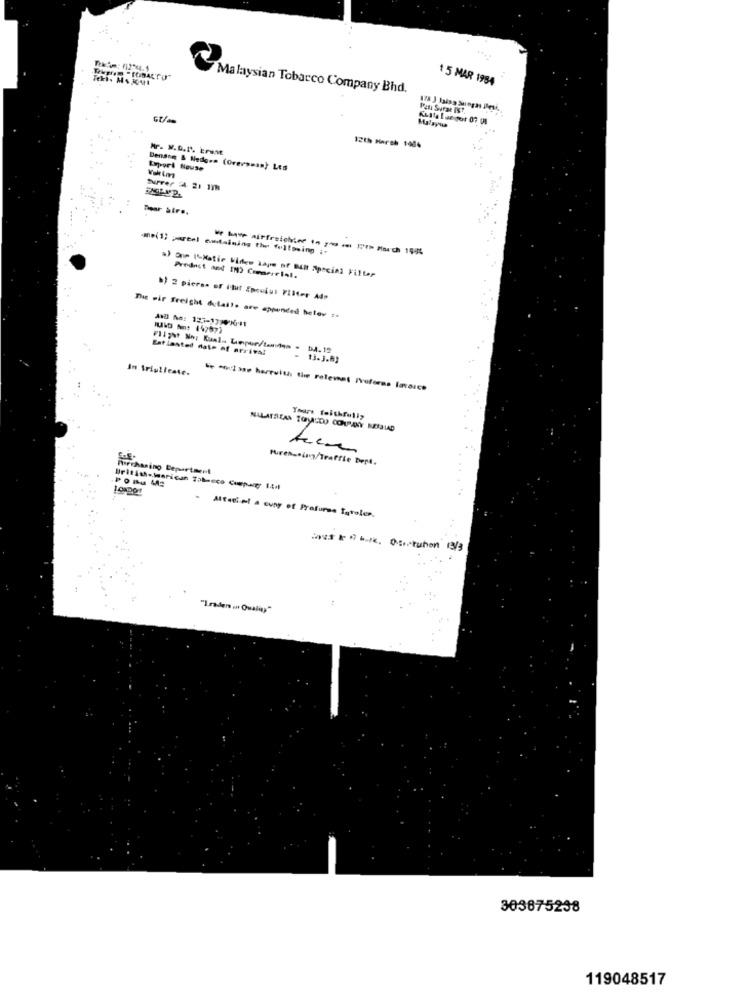
RE: 112:44.5
15 MAR 1984
Malaysian Tobacco Company Bhd.
Peti Surae IST
Malapua
12th March 1984
Mr. N.D.P. Erust
Expert Nouse
Denang & Nedges (Overseas} Les
Dear Sir ..
me(1; partel omtaining the following ;.
ve have airfreighter to go - 10 Ploch 1946
a) One ("Matie Vides Lape of BEIt Special Filter
Product and IN) Commercial.
b) 2 pieras of iluf Epociul Filter Adp
The wir freight dulails are appended helev :s
Entlastet date of arrival
Flight No: Kual. Unpur/tardes . DA. 12
13.3.83
In triplicate.
- was herewith the relevat I'veferas lavoice
Yours faithfully
NALATSIEAN TOVEDU COMPANY MESSIAD
Purchasing/Traffie Dert.
harchasing Department
Britishstarican Tabacco Company I.E.l
Altaci el a cuny of Profurss Igreles.
"Irader ent Quality"
303675238
119048517